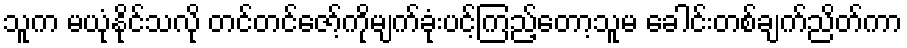
သူက မယုံနိုင်သလို တင်တင်ဇော့်ကိုမျက်ခုံးပင့်ကြည့်တော့သူမ ခေါင်းတစ်ချက်ညိတ်ကာ